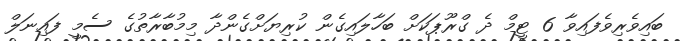
ބައިވެރިވެފައިވާ 6 ޓީމް ދެ ގްރޫޕަކަށް ބަހާލައިގެން ކުރިޔަށްގެންދާ މިމުބާރާތުގެ ސެމީ ފައިނަލް